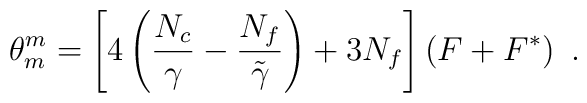
\theta^m_m=\left[4\left(\frac{N_c}{\gamma}-\frac{N_f}{\tilde{\gamma}}\right) + 3N_f\right] \left(F + F^*\right) \ .